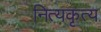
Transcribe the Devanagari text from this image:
नित्यकृत्य